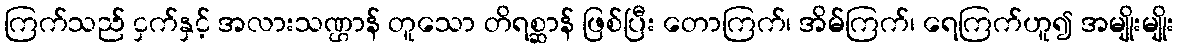
ကြက်သည် ငှက်နှင့် အလားသဏ္ဌာန် တူသော တိရစ္ဆာန် ဖြစ်ပြီး တောကြက်၊ အိမ်ကြက်၊ ရေကြက်ဟူ၍ အမျိုးမျိုး